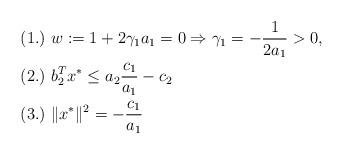
LaTeX: \begin{align*} &(1.)\ w:=1+2\gamma_1 a_1=0\Rightarrow \gamma_1=-\frac{1}{2a_1}>0,\ \ \\ &(2.)\ b_2^Tx^*\le a_{2}\frac{c_{1}}{a_{1}} -c_{2}\ \\ &(3.)\ \|x^{*}\|^{2}=-\frac{c_{1}}{a_{1}}\ \end{align*}